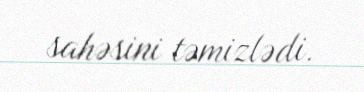
sahəsini təmizlədi.